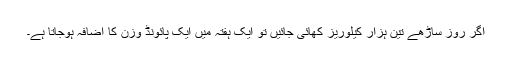
اگر روز ساڑھے تین ہزار کیلوریز کھائی جائیں تو ایک ہفتہ میں ایک پائونڈ وزن کا اضافہ ہوجاتا ہے۔